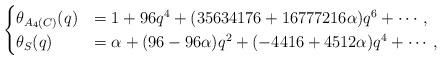
LaTeX: \begin{align*}\begin{cases}\theta_{A_4(C)}(q) &=1 + 96 q^4 + (35634176 + 16777216 \alpha)q^6 + \cdots, \\\theta_{S}(q) &=\alpha + (96 - 96 \alpha )q^2 +(- 4416 + 4512 \alpha) q^4 + \cdots,\end{cases}\end{align*}